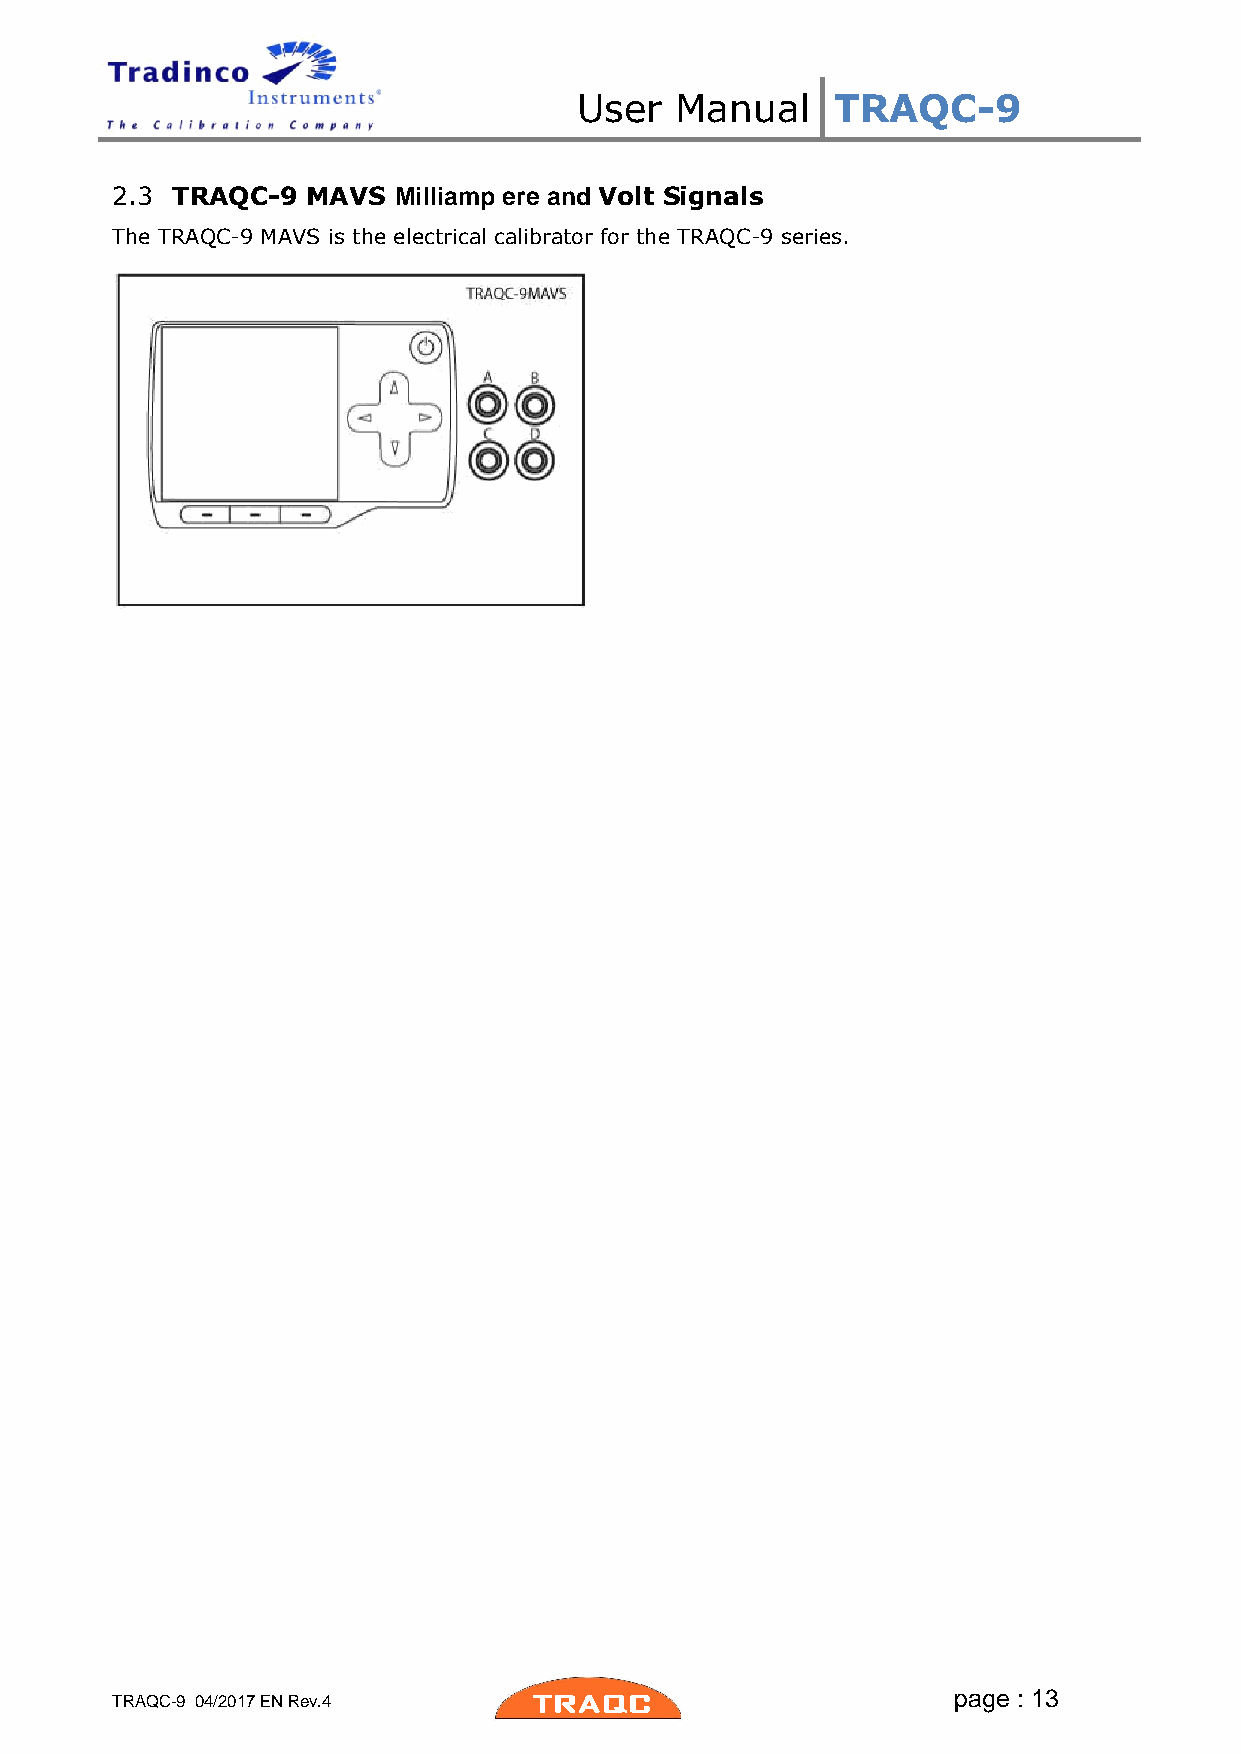
User   Manual    TRAQC-9
 2.3 TRAQC-9  MAVS  Milliamp ere and Volt Signals
 The TRAQC-9 MAVS is the electrical calibrator for the TRAQC-9 series.
 page : 13
 TRAQC-9 04/2017 EN Rev.4